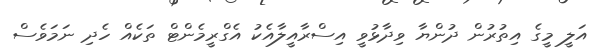
އަލީ މީގެ އިތުރުން ދުންޔާ ވިދާޅުވީ އިސްރާއީލާއެކު އެގްރީމެންޓް ތަކެއް ހެދި ނަމަވެސް